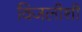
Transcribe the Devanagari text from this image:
विजलीशी